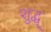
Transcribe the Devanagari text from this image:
शुद्ध्